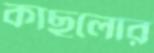
কাছলোর